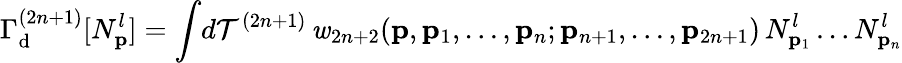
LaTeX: \Gamma_{\mathrm{d}}^{(2n+1)}[N_{\mathbf p}^{l}]=\int\! d{\cal T}^{(2n+1)}\, {\mathit w}_{2n+2}({\mathbf p},{\mathbf p}_{1},\ldots,{\mathbf p}_{n};{\mathbf p}_{n+1},\ldots,{\mathbf p}_{2n+1})\, N_{{\mathbf p}_{1}}^{l}\ldots N_{{\mathbf p}_{n}}^{l}